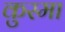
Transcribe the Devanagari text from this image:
कुस्मा